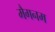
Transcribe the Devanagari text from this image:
मैगनम